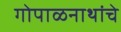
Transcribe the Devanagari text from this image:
गोपाळनाथांचे